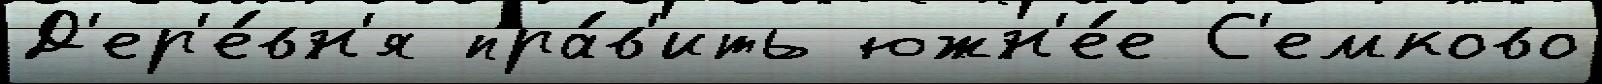
Д'ер'е́вн'я пра́в'ить южн'е́е С'емково